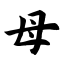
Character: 母